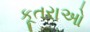
કૂતરાઓ